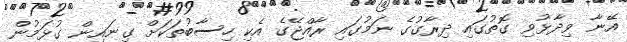
އޭނާ ވިދާޅުވި ގޮތުގައި ދިރާގުގެ ނަމުގައި ރާއްޖޭގެ އެކި ހިސާބުތަކަށް ގިނައިން ގުޅަމުން